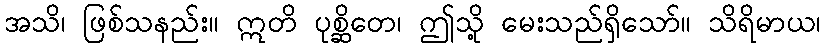
အသိ၊ ဖြစ်သနည်း။ ဣတိ ပုစ္ဆိတေ၊ ဤသို့ မေးသည်ရှိသော်။ သိရိမာယ၊